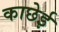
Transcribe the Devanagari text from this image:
काछेई